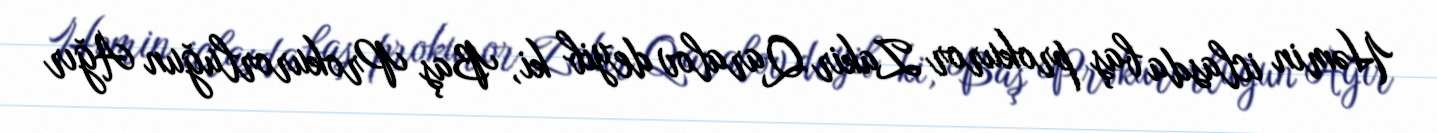
Həmin iclasda baş prokuror Zakir Qaralov deyib ki, Baş Prokurorluğun Ağır